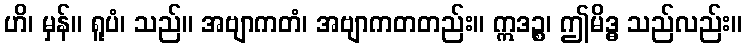
ဟိ၊ မှန်။ ရူပံ၊ သည်။ အဗျာကတံ၊ အဗျာကတတည်း။ ဣဒဉ္စ၊ ဤမိဒ္ဓ သည်လည်း။